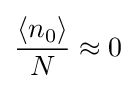
{\frac {\langle n_{0}\rangle }{N}}\approx 0